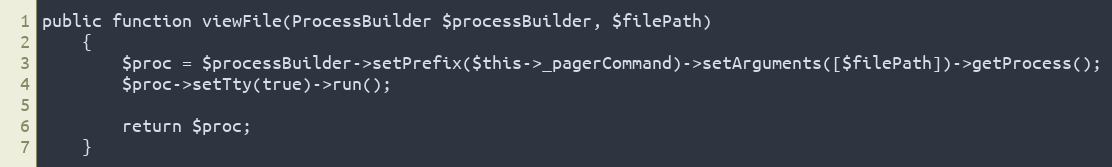
Language: PHP
public function viewFile(ProcessBuilder $processBuilder, $filePath)
    {
        $proc = $processBuilder->setPrefix($this->_pagerCommand)->setArguments([$filePath])->getProcess();
        $proc->setTty(true)->run();

        return $proc;
    }